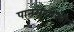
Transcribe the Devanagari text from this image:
पानसेशास्त्री